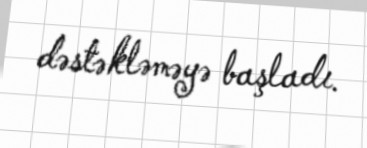
dəstəkləməyə başladı.